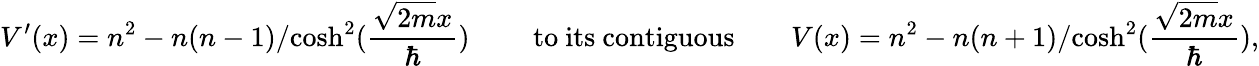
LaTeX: V^{\prime}(x)=n^{2}-{n(n-1)}/{\cosh^{2}({\frac{\sqrt{2m}x}{\hbar}})}\qquad\mathrm{~to~its~contiguous}\qquad V(x)=n^{2}-{n(n+1)}/{\cosh^{2}({\frac{\sqrt{2m}x}{\hbar}})},